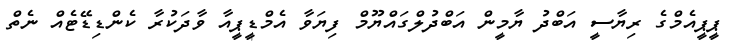
ޕީޕީއެމްގެ ރިޔާސީ އަބްދު ޔާމީން އަބްދުލްގައްޔޫމް ފިޔަވާ އެމްޑީޕީއާ ވާދަކުރާ ކެންޑިޑޭޓެއް ނެތް